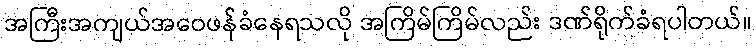
အကြီးအကျယ်အဝေဖန်ခံနေရသလို အကြိမ်ကြိမ်လည်း ဒဏ်ရိုက်ခံရပါတယ်။